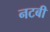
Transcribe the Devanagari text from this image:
नटबी